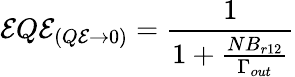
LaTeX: \mathcal{E}Q\mathcal{E}_{(Q\mathcal{E}\rightarrow0)}=\frac{{1}}{{1+\frac{{NB_{r12}}}{{\Gamma_{out}}}}}